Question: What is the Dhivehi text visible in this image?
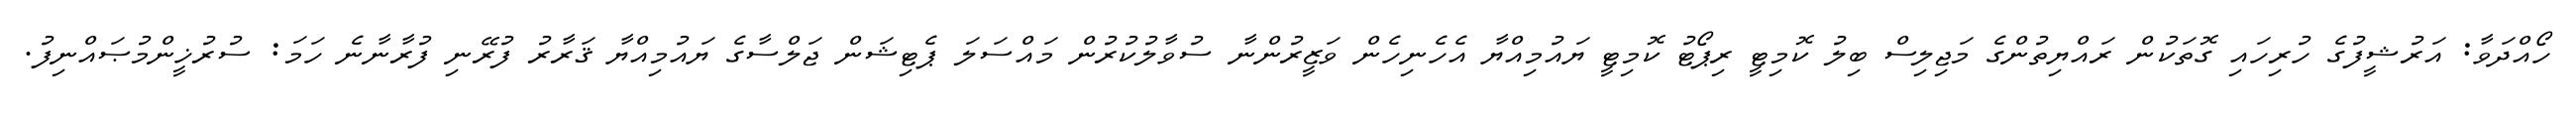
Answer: ހޯއްދަވާ: އަރުޝީފުގެ ހުރިހައި ގޮތަކުން ރައްޔިތުންގެ މަޖިލިސް ބިލު ކޮމިޓީ ރިޕޯޓު ކޮމިޓީ ޔައުމިއްޔާ އެހެނިހެން ވަޒީރުންނާ ސުވާލުކުރުން މައްސަލަ ޕެޓިޝަން ޖަލްސާގެ ޔައުމިއްޔާ ޤަރާރު ފުރޭނި ފުރާނާނެ ހަމަ: ސުރުޚީންމުޞައްނިފު.